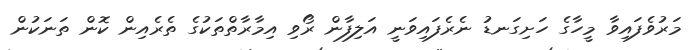
މަރުވެފައިވާ މީހާގެ ހަށިގަނޑު ނެރެފައިވަނީ އަލިފާން ރޯވި އިމާރާތްތަކުގެ ތެރެއިން ކޮން ތަނަކުން